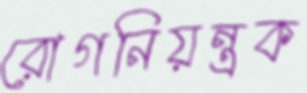
রোগনিয়ন্ত্রক